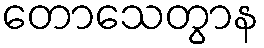
တောသေတွာန